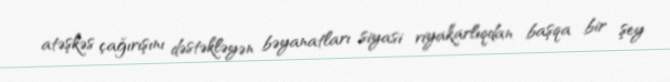
atəşkəs çağırışını dəstəkləyən bəyanatları siyasi riyakarlıqdan başqa bir şey